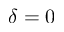
\delta = 0